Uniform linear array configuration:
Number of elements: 24
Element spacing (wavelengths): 0.75
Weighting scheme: uniform
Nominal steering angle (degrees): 60
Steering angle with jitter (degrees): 61.164
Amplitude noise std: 0.05
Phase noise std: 0.05

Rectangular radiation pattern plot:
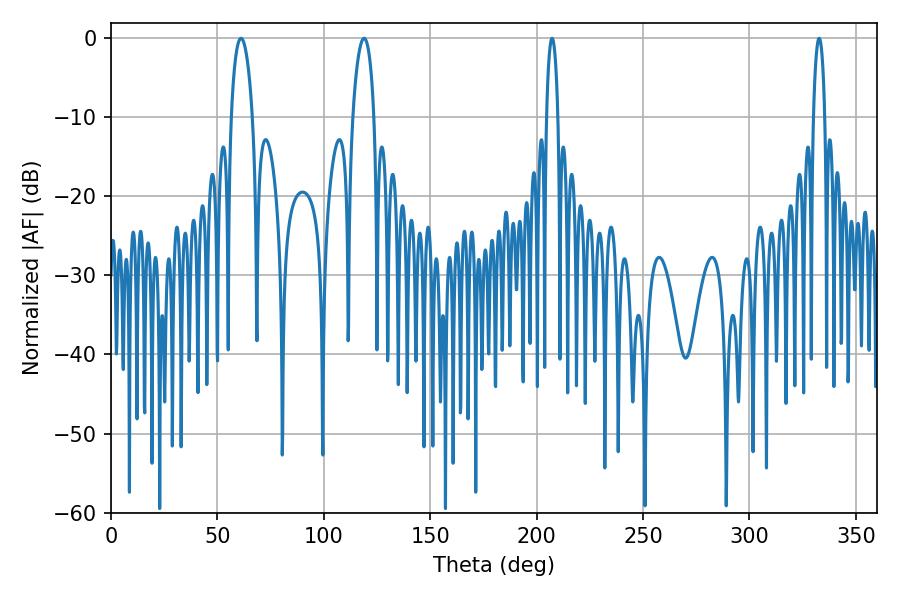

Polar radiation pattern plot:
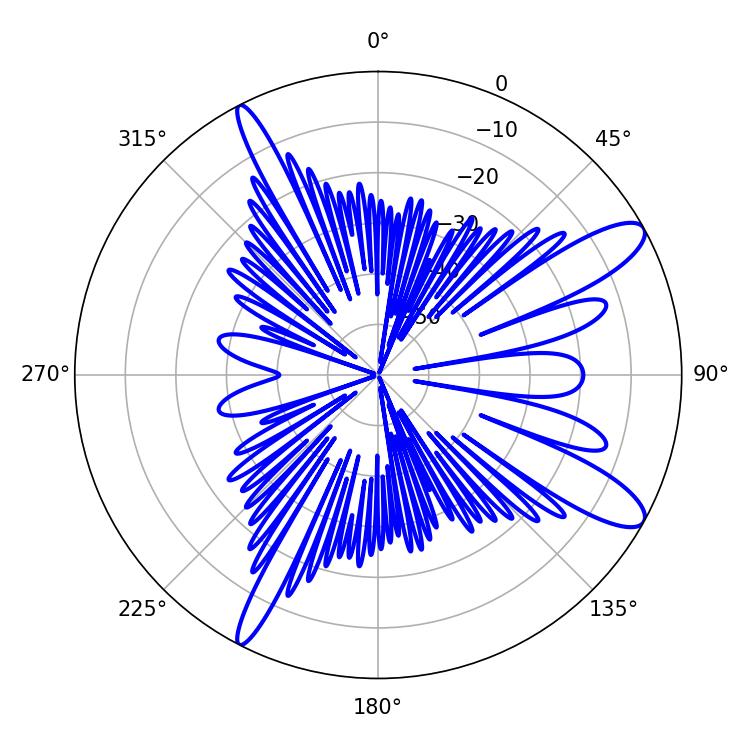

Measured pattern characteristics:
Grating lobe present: TRUE
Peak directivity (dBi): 11.463
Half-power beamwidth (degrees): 5.76
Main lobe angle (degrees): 61.02